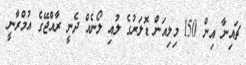
ޗައިނާ އިން 150 މިލިއަން ޑޮލަރުގެ ލުއި ލޯނެއް ދެނީ ރާއްޖޭގެ އުމްރާނީ